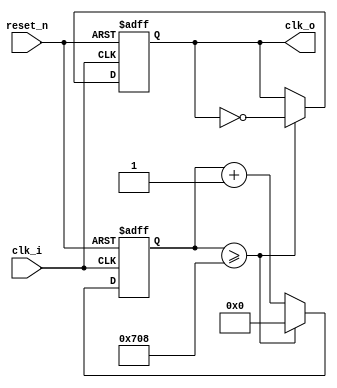
module clock_counter_5(
	input clk_i,  
	input reset_n,  
	output reg clk_o
		);
		reg [14:0] count;   
		always @ (posedge clk_i, negedge reset_n)			
			begin
				count <= count + 1;   
				if(!reset_n)
					begin
						clk_o <= 0;
						count <= 0;   
					end
				else
					if(count >= 1800)   
						begin   
							clk_o <= ~clk_o;	
                                                        count <= 0;	
						end
			end
endmodule